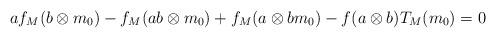
LaTeX: \begin{align*} af_M(b \otimes m_0) - f_M (ab \otimes m_0) + f_M(a \otimes bm_0) - f(a \otimes b) T_M(m_0) =0\end{align*}